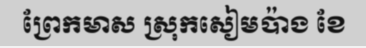
ព្រែកមាស ស្រុកសៀមប៉ាង ខែ